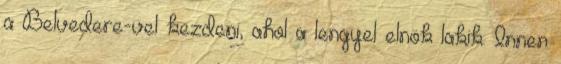
a Belvedere-vel kezdeni, ahol a lengyel elnök lakik. Innen